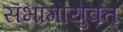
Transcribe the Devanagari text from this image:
संभागायुक्त